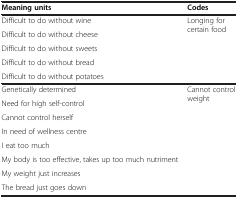
<table><thead><tr><td><b>Meaning units</b></td><td><b>Codes</b></td></tr></thead><tbody><tr><td>Difficult to do without wine</td><td rowspan="5">Longing for certain food</td></tr><tr><td>Difficult to do without cheese</td></tr><tr><td>Difficult to do without sweets</td></tr><tr><td>Difficult to do without bread</td></tr><tr><td>Difficult to do without potatoes</td></tr><tr><td>Genetically determined</td><td rowspan="8">Cannot control weight</td></tr><tr><td>Need for high self-control</td></tr><tr><td>Cannot control herself</td></tr><tr><td>In need of wellness centre</td></tr><tr><td>I eat too much</td></tr><tr><td>My body is too effective, takes up too much nutriment</td></tr><tr><td>My weight just increases</td></tr><tr><td>The bread just goes down</td></tr></tbody></table>